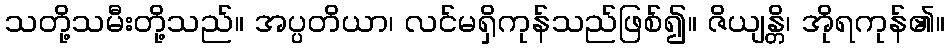
သတို့သမီးတို့သည်။ အပ္ပတိယာ၊ လင်မရှိကုန်သည်ဖြစ်၍။ ဇိယျန္တိ၊ အိုရကုန်၏။